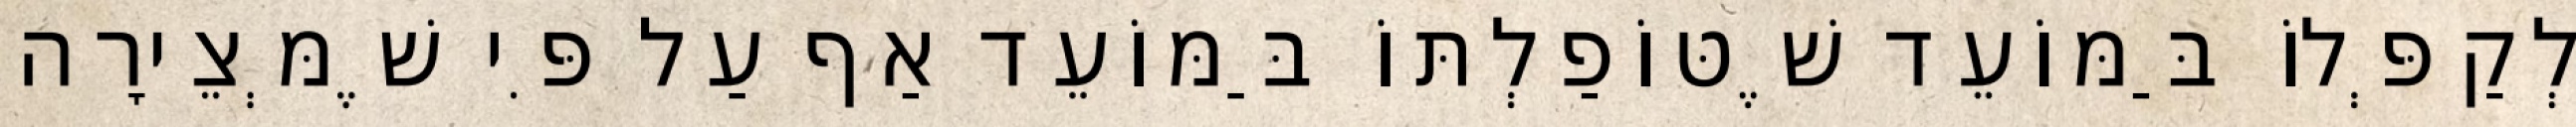
לְקַפְּלוֹ בַּמּוֹעֵד שֶׁטּוֹפַלְתּוֹ בַּמּוֹעֵד אַף עַל פִּי שֶׁמְּצֵירָה